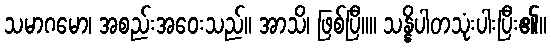
သမာဂမော၊ အစည်းအဝေးသည်။ အာသိ၊ ဖြစ်ပြီ။။ သန္နိပါတသုံးပါးပြီး၏။